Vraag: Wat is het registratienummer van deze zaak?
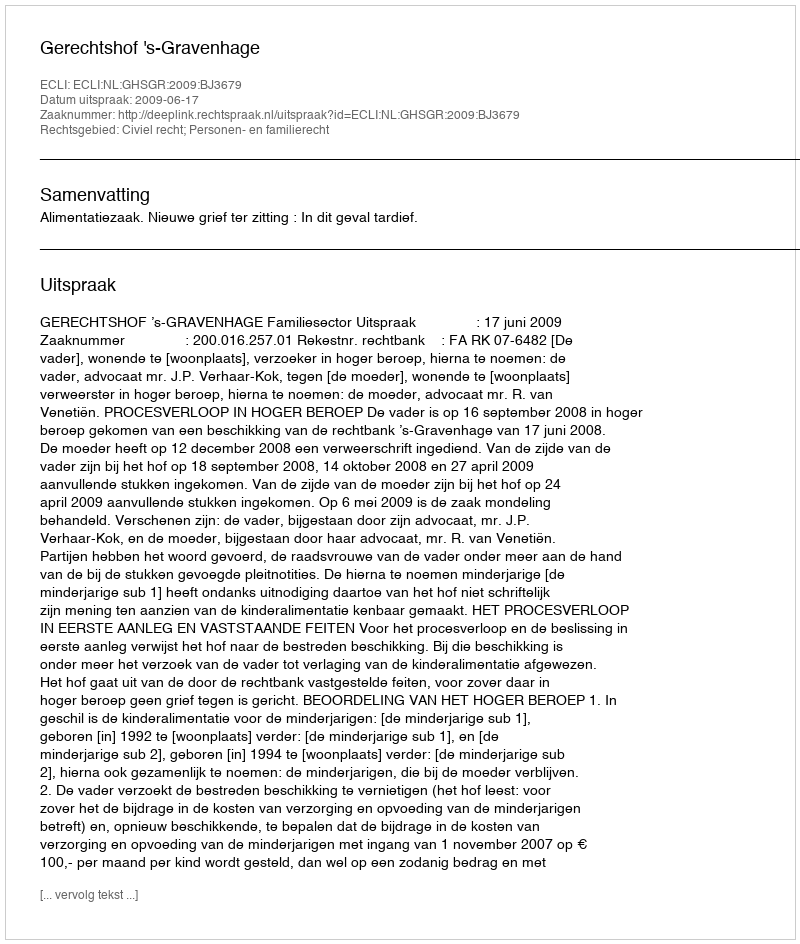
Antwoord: http://deeplink.rechtspraak.nl/uitspraak?id=ECLI:NL:GHSGR:2009:BJ3679